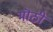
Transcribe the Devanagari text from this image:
मॊठी